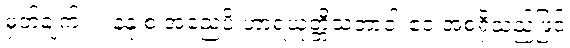
မှတ်ချက်။ ။ နနု စ အညေပိ ဟာရယုတ္တိသဘာဝါ ဧဝ အစရှိသည်ဖြင့်